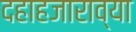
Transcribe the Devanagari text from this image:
दहाहजाराव्या